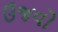
ઉજવો